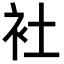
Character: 𬡃